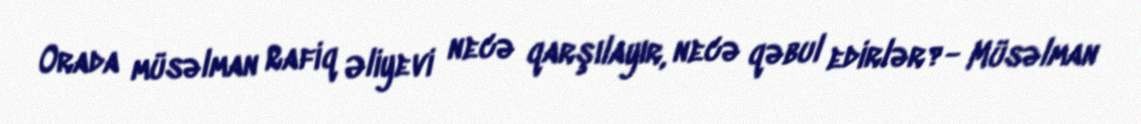
Orada müsəlman Rafiq Əliyevi necə qarşılayır, necə qəbul edirlər?- Müsəlman